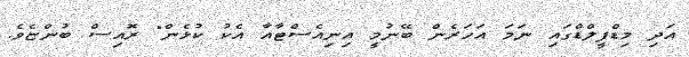
އަދި މިޑްފީލްޑްގައި ނަމަ އަހަރެން ބޭނުމީ އިނިއެސްޓާއާ އެކު ކުޅެން" ރޮއިސް ބުންޏެވެ.